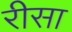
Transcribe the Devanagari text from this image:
रीसा